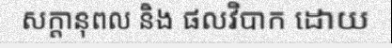
សក្តានុពល និង ផលវិបាក ដោយ